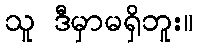
သူ ဒီမှာမရှိဘူး။